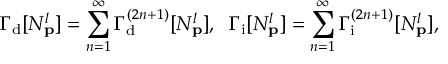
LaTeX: \Gamma _ { \mathrm { d } } [ N _ { \bf p } ^ { l } ] = \sum _ { n = 1 } ^ { \infty } \Gamma _ { \mathrm { d } } ^ { ( 2 n + 1 ) } [ N _ { \bf p } ^ { l } ] , \; \; \Gamma _ { \mathrm { i } } [ N _ { \bf p } ^ { l } ] = \sum _ { n = 1 } ^ { \infty } \Gamma _ { \mathrm { i } } ^ { ( 2 n + 1 ) } [ N _ { \bf p } ^ { l } ] ,